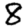
Digit: 8